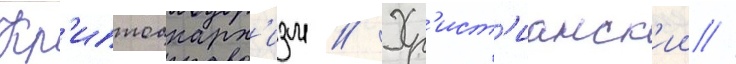
Кр'иптоанарх'изм // Хр'ист'ианск'ии //